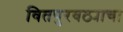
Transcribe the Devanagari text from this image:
वितपुरवठ्याचा